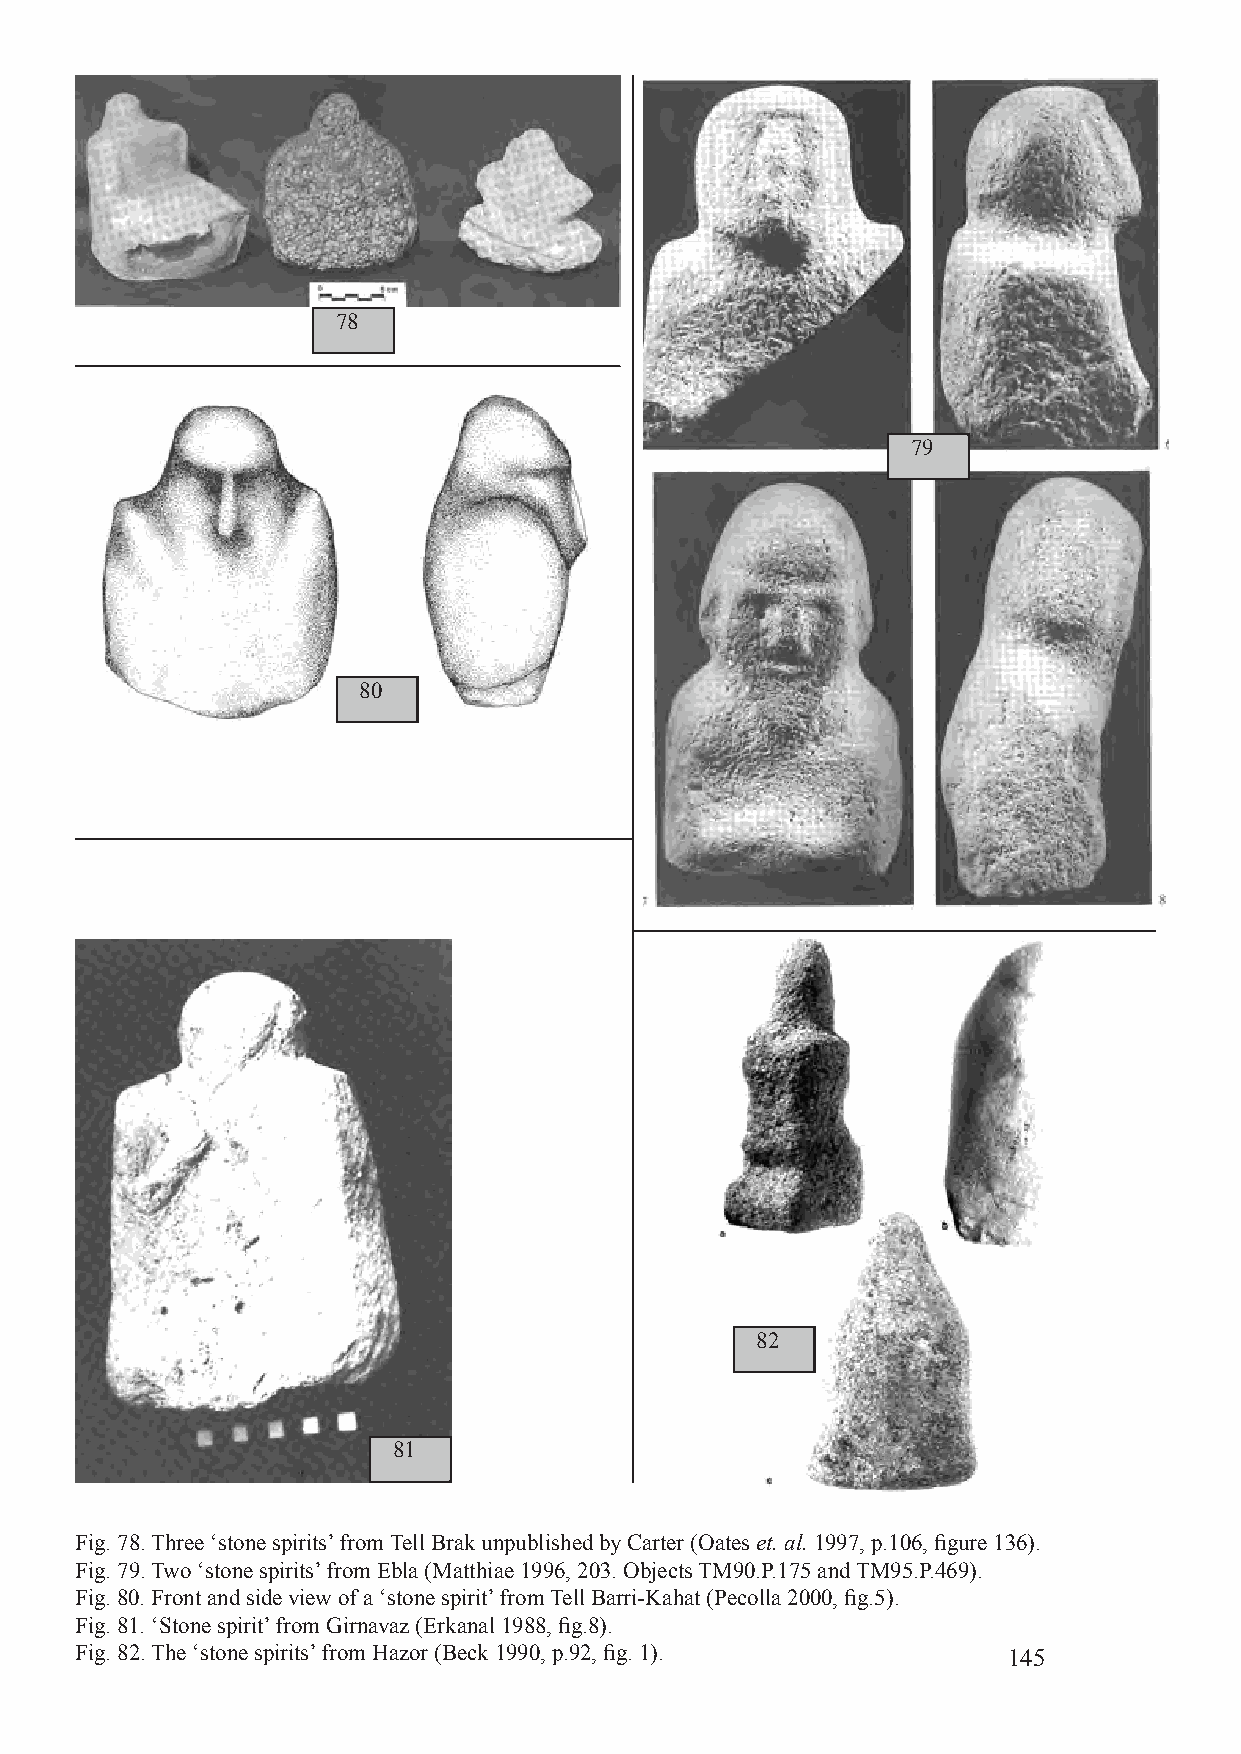
78
 79
 80
 82
 81
 Fig. 78. Three ‘stone spirits’ from Tell Brak unpublished by Carter (Oates et. al. 1997, p.106, figure 136).
 Fig. 79. Two ‘stone spirits’ from Ebla (Matthiae 1996, 203. Objects TM90.P.175 and TM95.P.469).
 Fig. 80. Front and side view of a ‘stone spirit’ from Tell Barri-Kahat (Pecolla 2000, fig.5).
 Fig. 81. ‘Stone spirit’ from Girnavaz (Erkanal 1988, fig.8).
 Fig. 82. The ‘stone spirits’ from Hazor (Beck 1990, p.92, fig. 1). 145